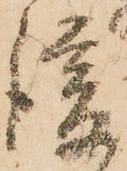
後